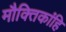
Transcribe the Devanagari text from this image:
मौक्तिकांहि